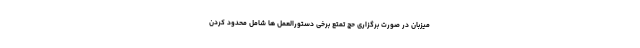
میزبان در صورت برگزاری حج تمتع برخی دستورالعمل ها شامل محدود کردن